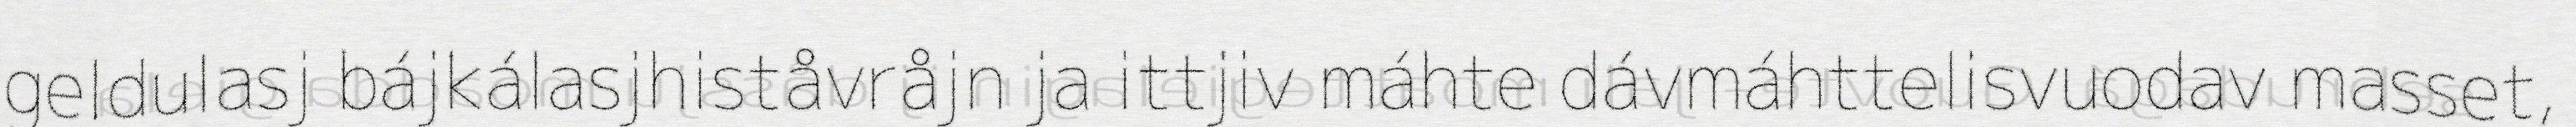
geldulasj bájkálasjhiståvråjn ja ittjiv máhte dávmáhttelisvuodav masset,